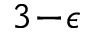
3 \! - \! \epsilon